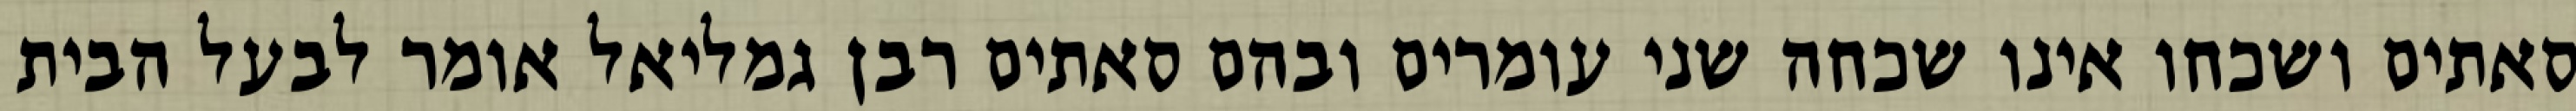
סאתים ושכחו אינו שכחה שני עומרים ובהם סאתים רבן גמליאל אומר לבעל הבית